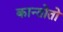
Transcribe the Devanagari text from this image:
कान्तोतो